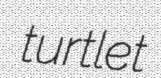
turtlet